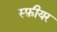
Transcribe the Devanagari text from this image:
स्फ़ीयर